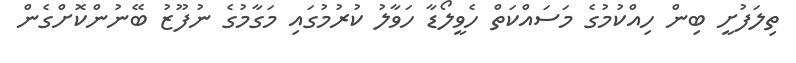
ތިލަފުށީ ބިން ހިއްކުމުގެ މަސައްކަތް ހެވީލޯޑާ ހަވާލު ކުރުމުގައި މަގާމުގެ ނުފޫޒު ބޭނުންކޮށްގެން